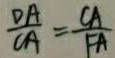
\frac { D A } { C A } = \frac { C A } { F A }